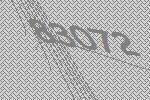
83072